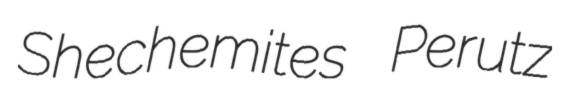
Shechemites Perutz